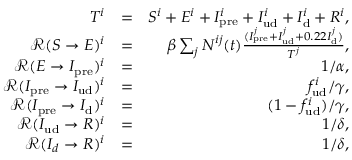
\begin{array} { r l r } { T ^ { i } } & { = } & { S ^ { i } + E ^ { i } + I _ { \mathrm { p r e } } ^ { i } + I _ { \mathrm { u d } } ^ { i } + I _ { \mathrm { d } } ^ { i } + R ^ { i } , } \\ { \mathcal { R } ( S \rightarrow E ) ^ { i } } & { = } & { \beta \sum _ { j } N ^ { i j } ( t ) \frac { ( I _ { \mathrm { p r e } } ^ { j } + I _ { \mathrm { u d } } ^ { j } + 0 . 2 2 I _ { \mathrm { d } } ^ { j } ) } { T ^ { j } } , } \\ { \mathcal { R } ( E \rightarrow I _ { \mathrm { p r e } } ) ^ { i } } & { = } & { 1 / \alpha , } \\ { \mathcal { R } ( I _ { \mathrm { p r e } } \rightarrow I _ { \mathrm { u d } } ) ^ { i } } & { = } & { f _ { \mathrm { u d } } ^ { i } / \gamma , } \\ { \mathcal { R } ( I _ { \mathrm { p r e } } \rightarrow I _ { \mathrm { d } } ) ^ { i } } & { = } & { ( 1 - f _ { \mathrm { u d } } ^ { i } ) / \gamma , } \\ { \mathcal { R } ( I _ { \mathrm { u d } } \rightarrow R ) ^ { i } } & { = } & { 1 / \delta , } \\ { \mathcal { R } ( I _ { d } \rightarrow R ) ^ { i } } & { = } & { 1 / \delta , } \end{array}